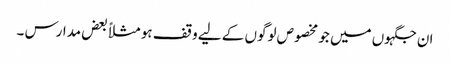
ان جگہوں میں جو مخصوص لوگوں کے لیے وقف ہو مثلاً بعض مدارس ۔